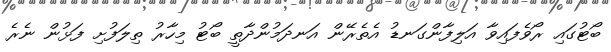
ބޯޓުގައި ރޯވެފައިވާ އަލިފާންގަނޑު އެތެރޭން އަނދަމުންދާތީ ބޯޓު މިހާރު ތިލަފުށި ފަޅުން ނެރެ